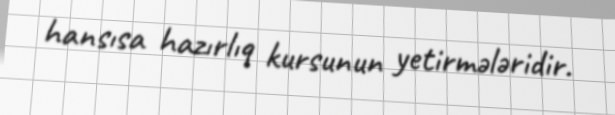
hansısa hazırlıq kursunun yetirmələridir.